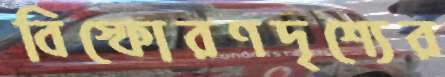
বিস্ফোরণদৃশ্যের